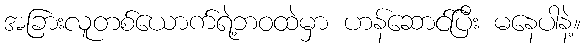
အခြားလူတစ်ယောက်ရဲ့ဘဝထဲမှာ ဟန်ဆောင်ပြီး မနေပါနဲ့။